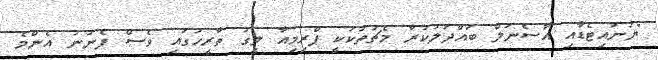
"ޔުނައިޓެޑާއި އާސެނަލް ބައްދަލުކުރާ މެޗުތަކަކީ ޕްރިމިއާ ލީގު ތާރީހުގައި ވެސް ފެނުނު އެންމެ